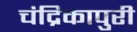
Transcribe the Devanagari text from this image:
चंद्रिकापुरी